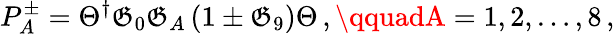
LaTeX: P_{A}^{\pm}=\Theta^{\dagger}\mathfrak{G}_{0}\mathfrak{G}_{A}\left(1\pm\mathfrak{G}_{9}\right)\Theta\, ,\qquadA=1,2,\dots,8\, ,